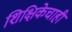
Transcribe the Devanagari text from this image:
शिक्षिकेचाही